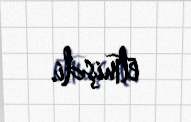
etmişdi.